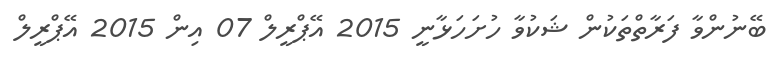
ބޭނުންވާ ފަރާތްތަކުން ޝަކުވާ ހުށަހަޅާނީ 2015 އޭޕްރީލް 07 އިން 2015 އޭޕްރީލް